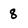
Character: 8